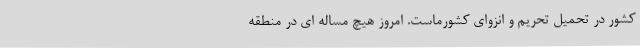
کشور در تحمیل تحریم و انزوای کشورماست. امروز هیچ مساله ای در منطقه